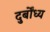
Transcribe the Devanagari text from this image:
दुर्बोंध्य